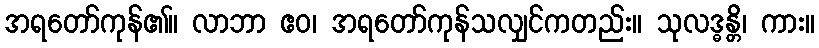
အရတော်ကုန်၏။ လာဘာ ဧဝ၊ အရတော်ကုန်သလျှင်ကတည်း။ သုလဒ္ဓန္တိ၊ ကား။